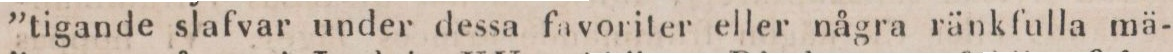
”tigande slafvar under dessa favoriter eller några ränkfulla mä-